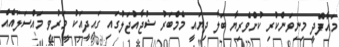
މައާފްދީ މިނިވަންކުރި ކުށްވެރިޔާ ބަލާ ދިޔައީ މެމްބަރު ޝުޖާއުޖަލުގައި ގައިދީއަކު މަރުވި މައްސަލައެއް